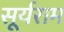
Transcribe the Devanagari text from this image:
सूर्यराम